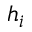
h _ { i }